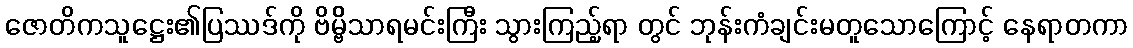
ဇောတိကသူဋ္ဌေး၏ပြဿဒ်ကို ဗိမ္ဗိိသာရမင်းကြီး သွားကြည့်ရာ တွင် ဘုန်းကံချင်းမတူသောကြောင့် နေရာတကာ